Vaccination North-Western Provinces and Oudh 1878-1895 - 1878-1895
Year: 1878
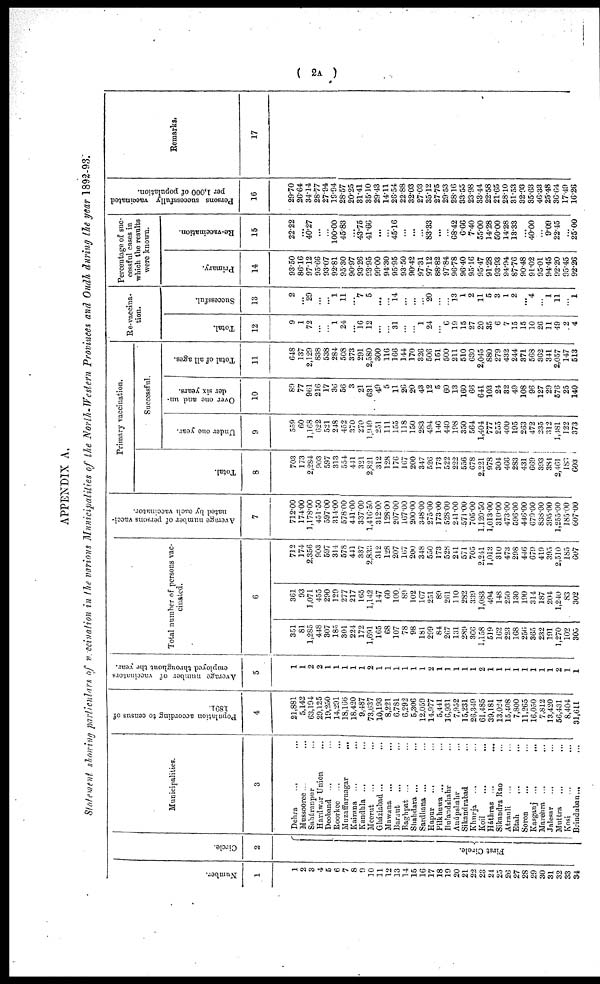
( 2A )
APPENDIX A.
Statement showing particulars of vaccination in the various Municipalities of the North-Western Provinces and Oudh during the year 1892-93.
Number.
1
1
2
3
4
5
6
7
8
9
10
11
12
13
14
15
16
17
18
19
20
21
22
23
24
25
26
27
28
29
30
31
32
33
34
Circle.
2
First Circle.
Municipalities.
3
Dehra
... ...
Mussooree ... ...
Saháranpur
...
Hardwar Union ...
Deoband ... ...
Roorkee ... ...
Muzaffarnagar
...
Kairana ... ...
Kandhla ... ...
Meerut ... ...
Gháziabad ... ...
Mawana ... ...
Baraut ... ...
Baghpat ... ...
Shahdara ... ...
Sardhana ... ...
Hapur ... ...
Pilkhuwa ... ...
Bulandshahr ...
Anúpshahr ...
Sikandrabad ...
Khurja ... ...
Koil ... ...
Háthras ... ...
Sikandra Rao ...
Atrauli ... ...
Etah ... ...
Soron ... ...
Kasganj
...
...
Marehra ... ...
Jalesar
...
...
Muttra ... ...
Kosi
...
...
Brindaban ... ...
Population according to census of
1891.
4
21,881
5,142
63,194
29,125
19,250
14,291
18,166
18,420
9,487
73,637
10,193
8,221
6,781
6,292
5,306
12,059
14,977
5,441
16,931
7,952
15,231
26,349
61,485
39,181
13,024
15,408
7,800
11,265
16,050
7,812
13,420
56,431
8,404
31,611
Average number of vaccinators
employed throughout the year.
5
1
1
2
2
1
1
1
1
1
2
1
1
1
1
1
1
2
1
1
1
1
1
2
1
1
1
1
1
1
1
1
2
1
1
Total number of persons vac-
cinated.
6
351
81
1,285
448
307
185
301
224
172
1,691
165
68
107
78
98
181
299
84
267
131
289
366
1,158
519
162
223
168
256
365
232
191
1,270
102
305
361
93
1,071
455
290
129
277
217
165
1,142
147
60
100
89
102
167
251
89
261
110
282
339
1,083
494
148
250
130
190
314
187
204
1,240
83
302
712
174
2,356
903
597
314
578
441
337
2,833
312
128
207
167
200
348
550
173
528
241
571
705
2,241
1,013
310
473
298
446
679
419
395
2,510
185
607
Average number of persons vacci-
nated by each vaccinator.
7
712.00
174.00
1,178.00
451.50
597.00
314.00
578.00
441.00
337.00
1,416.50
312.00
128.00
207.00
167.00
200.00
348.00
275.00
173.00
528.00
241.00
571.00
705.00
1,120.50
1,013.00
310.00
473.00
596.00
446.00
679.00
838.00
395.00
1,255.00
185.00
607.00
Primary vaccination.
Total.
8
703
173
2,284
903
597
313
554
441
321
2,821
312
128
176
167
200
347
526
173
522
222
556
678
2,221
978
304
466
283
431
669
393
384
2,461
183
603
Successful.
Under one year.
9
559
60
1,168
622
521
248
452
370
270
1,949
251
111
155
118
150
283
494
146
440
198
350
564
1,404
777
255
400
195
263
472
235
312
1,481
122
373
Over one and un-
der six years.
10
89
77
961
216
17
36
56
3
21
631
49
5
11
26
20
43
12
5
60
13
160
66
641
103
24
32
49
108
96
127
29
576
25
140
Total of all ages.
11
648
137
2,129
838
538
284
508
373
291
2,580
300
116
166
144
170
326
506
151
500
211
510
630
2,045
880
279
432
244
371
568
362
341
2,057
147
513
Re-vaccina-
tion.
Total.
12
9
1
72
...
...
1
24
...
16
12
...
...
31
...
...
1
24
...
6
19
15
27
20
35
6
7
15
15
10
26
11
49
2
4
Successful.
13
2
...
29
...
...
1
11
...
7
5
...
...
14
...
...
...
20
...
...
13
1
2
11
5
3
1
2
...
4
...
1
11
...
1
Percentage of suc-
cessful cases in
which the results
were known.
Primary.
14
93.50
86.16
97.12
95.66
93.07
92.81
95.30
90.97
93.26
93.95
99.00
94.30
95.95
93.50
90.42
97.31
97.12
88.82
97.84
96.78
96.40
95.16
95.47
91.28
93.93
94.94
87.76
90.48
91.02
95.01
94.45
92.20
95.45
92.26
Re-vaccination.
15
22.22
...
40.27
...
...
100.00
45.83
...
43.75
41.66
...
...
45.16
...
...
...
83.33
...
...
68.42
6.66
7.40
55.00
14.28
50.00
14.28
13.33
...
40.00
...
9.09
22.45
...
25.00
Persons successfully vaccinated
per 1,000 of population.
16
29.70
26.64
34.14
28.77
27.94
19.94
28.57
20.25
31.41
35.10
29.43
14.11
26.54
22.88
32.03
27.03
35.12
27.75
29.53
28.16
33.55
23.98
33.44
22.58
21.65
28.10
31.53
32.93
35.63
46.33
25.48
36.64
17.49
16.26
Remarks.
17